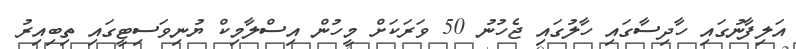
އަލިފާނުގައި ހާދިސާގައި ހާލުގައި ޖެހުނު 50 ވަރަކަށް މީހުން އިސްލާމިކް ޔުނިވަސިޓީގައި ތިބިއިރު